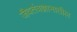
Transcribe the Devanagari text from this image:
जैवतंत्रज्ञानातील